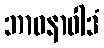
ဘာဝနာဝါဒံ